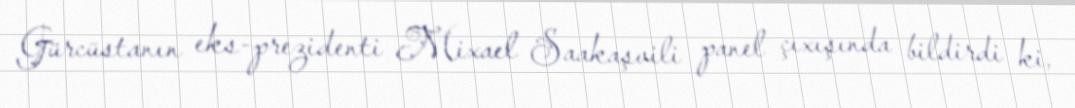
Gürcüstanın eks-prezidenti Mixael Saakaşvili panel çıxışında bildirdi ki,